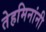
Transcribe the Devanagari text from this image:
तेहमिनांनी